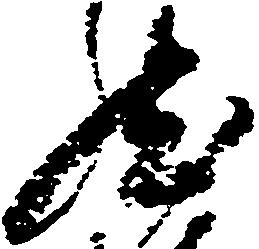
然